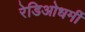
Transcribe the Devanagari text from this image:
रेडिओधर्मी